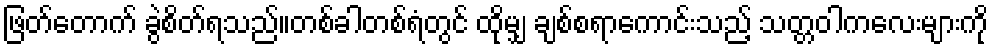
ဖြတ်တောက် ခွဲစိတ်ရသည်။တစ်ခါတစ်ရံတွင် ထိုမျှ ချစ်စရာကောင်းသည့် သတ္တဝါကလေးများကို